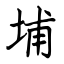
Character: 埔